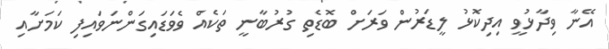
އޭނާ ވިދާޅުވީ އިދިކޮޅު ލީޑަރުން ވަރަށް ބޮޑެތި ގުރުބާނީ ތަކެއް ވެވަޑައިގަންނަވައިފި ކަމަށާއި